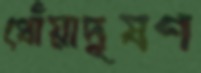
ধোঁয়াদূষণ